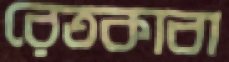
রেতকাবা